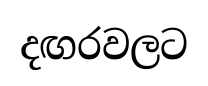
දඟරවලට